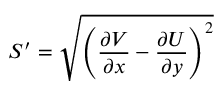
{ S } ^ { \prime } = \sqrt { \left( \frac { \partial V } { \partial x } - \frac { \partial U } { \partial y } \right) ^ { 2 } }